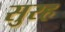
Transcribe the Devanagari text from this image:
सुरह